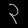
Digit: ၃